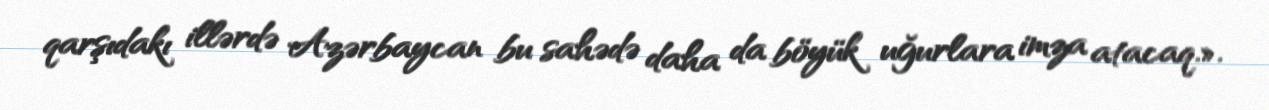
qarşıdakı illərdə Azərbaycan bu sahədə daha da böyük uğurlara imza atacaq.».